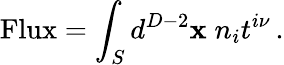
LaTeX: \mathrm{Flux}=\int_{S}d^{D-2}{\mathbf x}\; n_{i}t^{i\nu}\, .